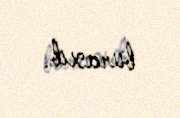
buraxıb.